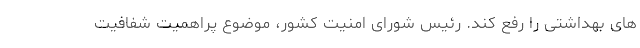
های بهداشتی را رفع کند. رئیس شورای امنیت کشور، موضوع پراهمیت شفافیت